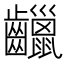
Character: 𪙷